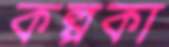
কল্পকা